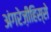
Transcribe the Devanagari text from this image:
अंगरेज़ीहिस्से